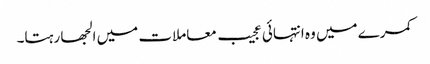
کمرے میں وہ انتہائی عجیب معاملات میں الجھا رہتا۔